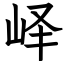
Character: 峄